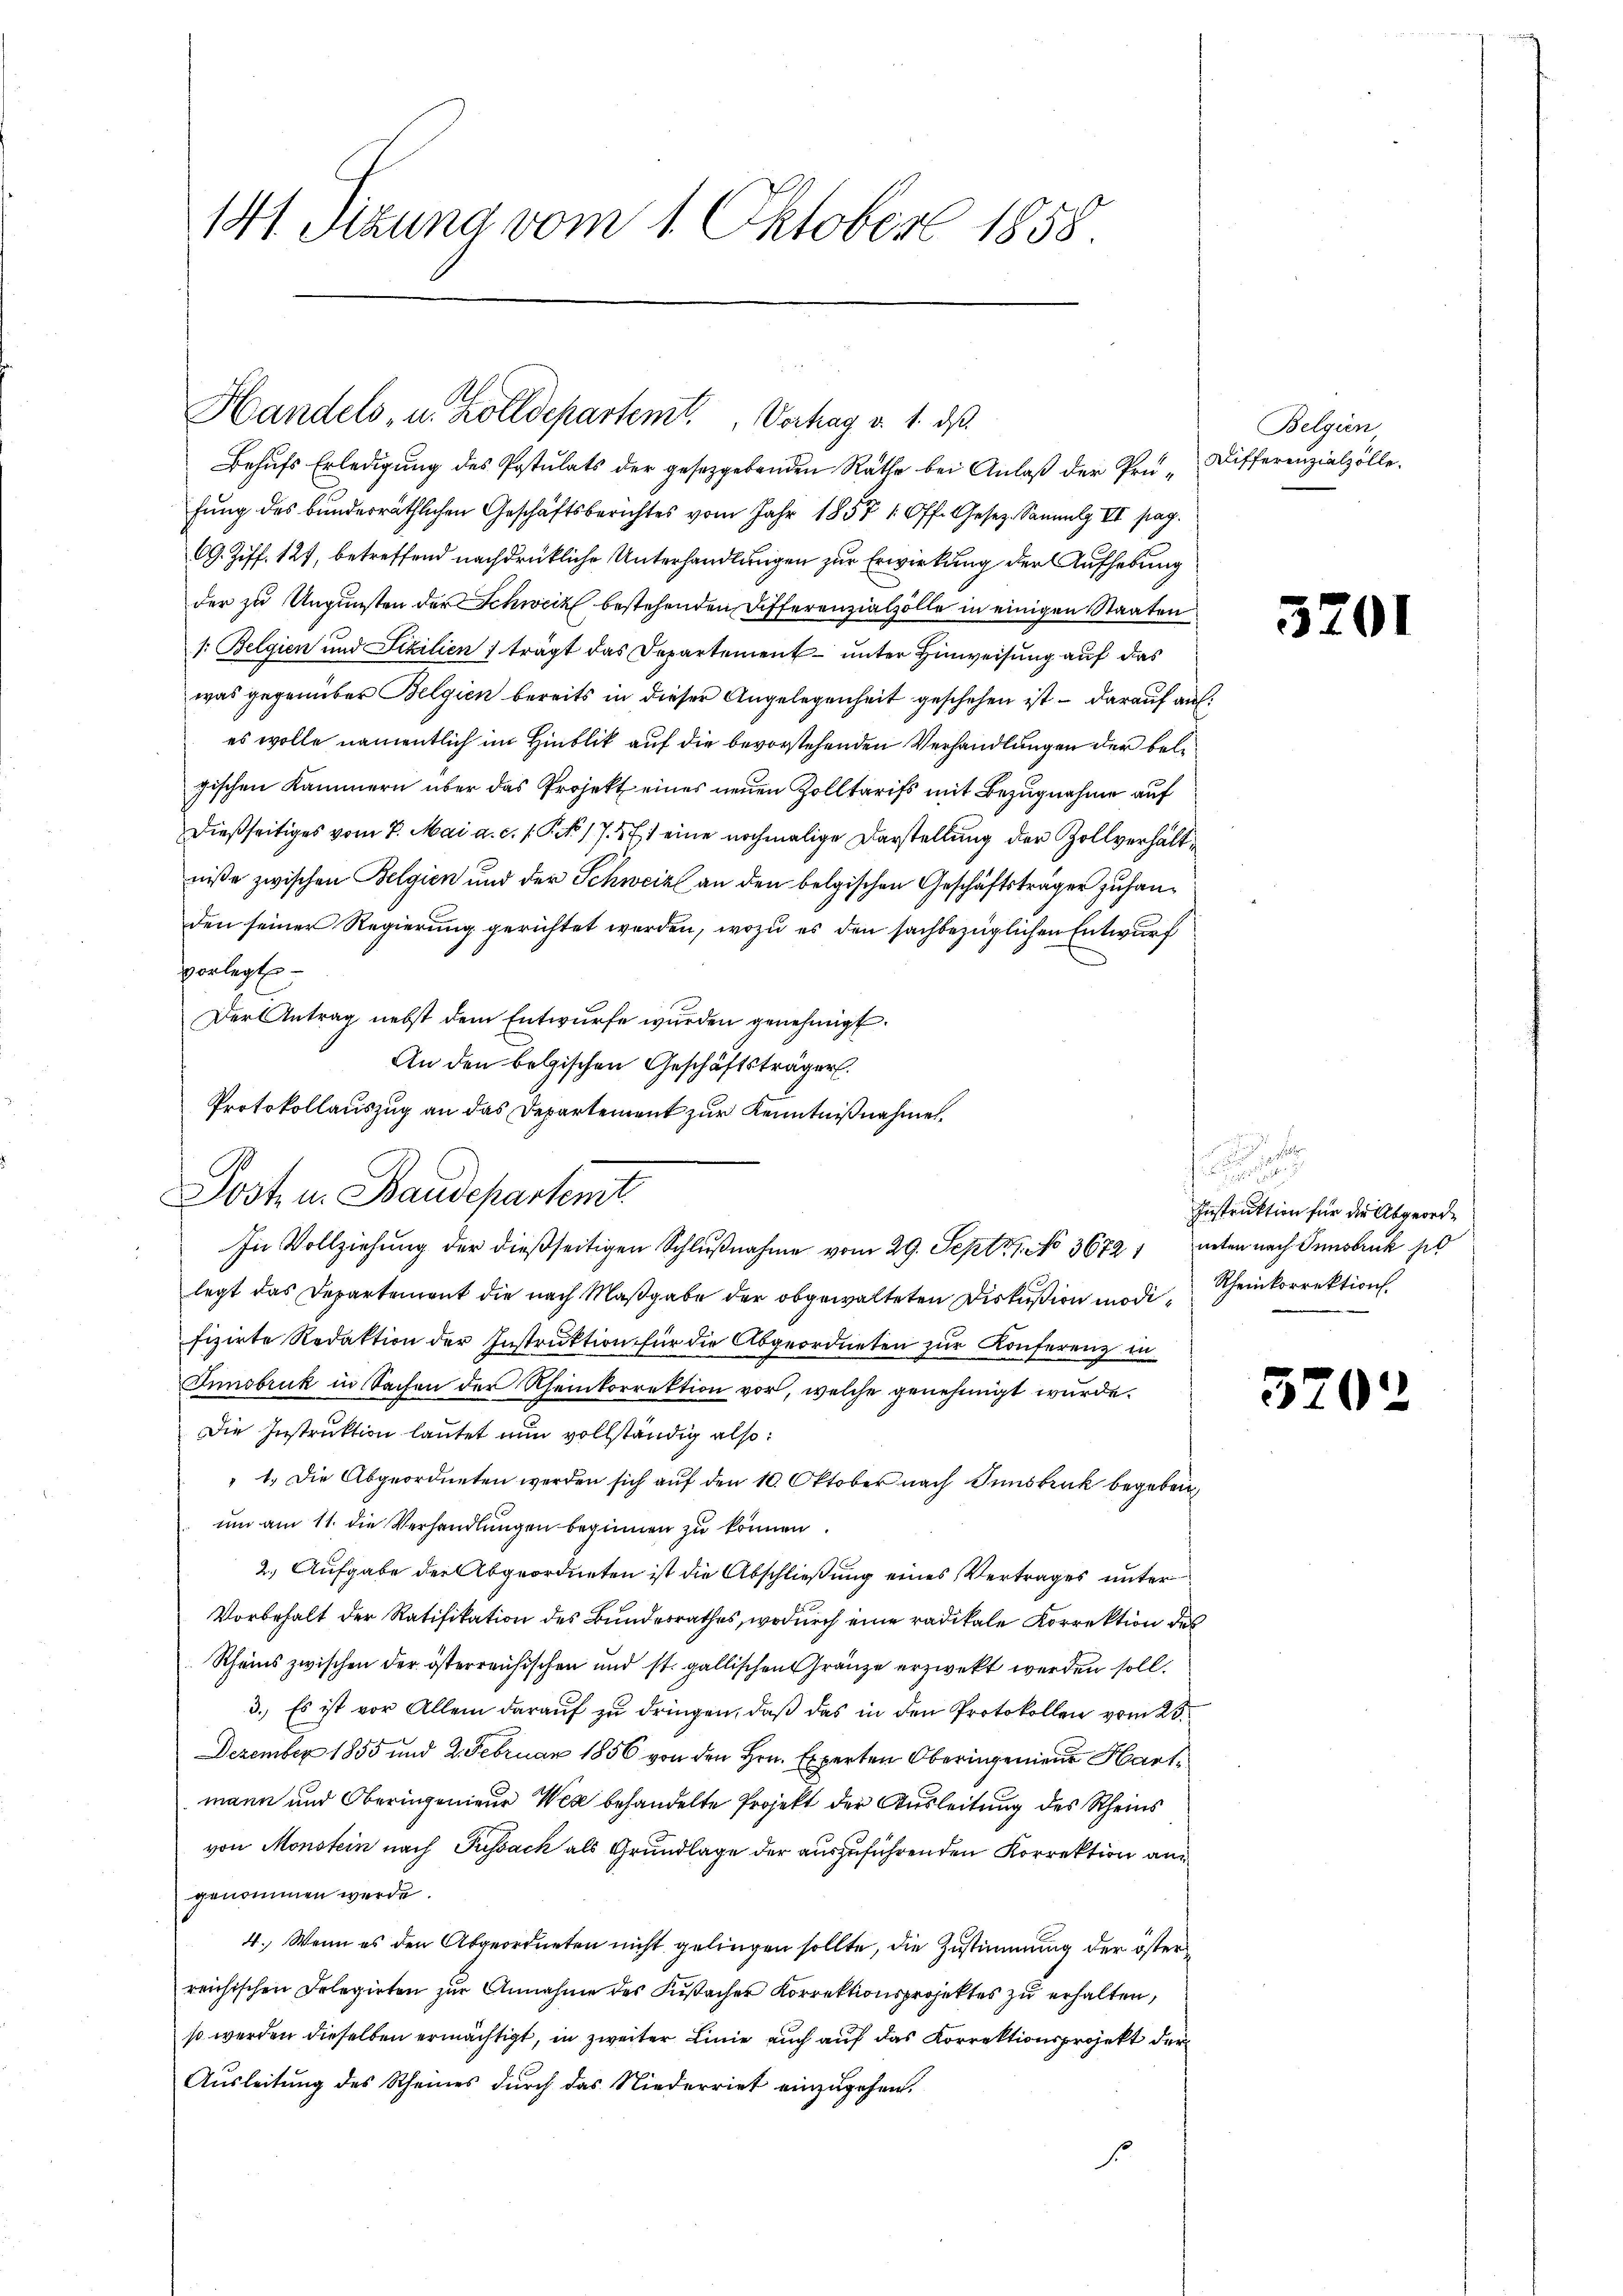
141. Sizung vom 1. Oktober 1858.

Handels, u. Zolldepartemt. Verhag v. 1. ds.

Behufs Erledigung des Postulats der gesetzgebenden Rathe bei Anlaß der Prü-Differenzielzolle.
fung des bunderräthlichen Geschäftsberichtes vom Jahr 1857 1 Off. Gesetz. Sammlg. VII pag.
69. Ziff. 127, betreffend nachdrückliche Unterhandlungen zur Erwirkung der Aufhebung
der zu Ungunsten der Schweiz bestehenden Differenzialzolle in einigen Staaten
1: Belgien und Fizilien 7 trägt das Departement unter Hinweisung auf das
was gegenüber Belgien bereits in dieser Angelegenheit geschehen ist – darauf auf:
es wolle namentlich im Hinblik auf die bevorstehenden Verhandlungen der bele
gischen Kammern über das Projekt eines neuen Zolltarifs mit Bezugnahme auf
dießseitiges vom 7. Mai a. c. s. S. 17. 571 eine nochmalige Darstellung der Zollverhältniße zwischen Belgien und der Schweiz an den belgischen Geschäftsträger zufanden seiner Regierung gerichtet worden, wozu es den sachbezüglichen Entwurf
vorlegt
Der Antrag nebst dem Entwurfe wurden genehmigt.
An den belgischen Geschäftsträger.
Protokollauszug an das Departement zur Kenntnißnahmen.

Post u. Staudepartemt
In Vollziehung der dießseitigen Schlußnahme vom 29. Sept No 3672, unten nach Innsbruck po

Belgien

legt das Departement die nach Maßgabe der obgewalteten Diskußion modi Rheinkorrektion
fizirte Redaktion der Instruktion für die Abgeordneten zur Konferenz in
Innsbruk in Sachen der Rheinkorrektion vor, welche genehmigt wurde.
Die Instruktion lautet nun vollständig also:
" 1. Die Abgeordneten werden sich auf den 10. Oktober nach Innsbruk begeben,
um am 11. die Verhandlungen beginnen zu können.
2.) Aufgabe der Abgeordneten ist die Abschließung eines Vertrages unter
Vorbehalt der Ratifikation des Bundesrathes, wodurch eine radikale Korrektion des
Rheins zwischen der österreichischen und st. gallischen Gränze erzweckt werden soll.
3. Es ist vor Allem daraŭf zŭ dringen, daβ das in den Protokollen vom 25.
Dezember 1855 und 2. Februar 1856 von den Hrn. Experten Oberingenieur Hartmann und Oberingenieur Weg behandelte Projekt der Ausleitung des Rheins
von Monstein nach Pussack als Grundlage der auszuführenden Korrektion an
genommen werde.
4. Wenn es den Abgeordneten nicht gelingen sollte, die Zustimmung der österreichischen Delegirten zŭr Annahme des Kusacher Korrektionsprojektes zŭ erhalten,
so werden dieselben ermächtigt, in zweiter Linie auch auf das Korrektionsprojekt der
Ausleitung des Rheines durch das Niederriet einzugehen.

32

320

.

Instruktion für die Abgeord¬